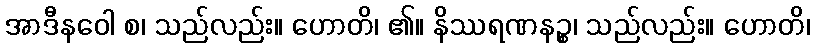
အာဒီနဝေါ စ၊ သည်လည်း။ ဟောတိ၊ ၏။ နိဿရဏနဉ္စ၊ သည်လည်း။ ဟောတိ၊